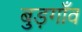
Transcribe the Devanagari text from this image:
बुड़गाँव